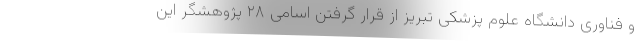
و فناوری دانشگاه علوم پزشکی تبریز از قرار گرفتن اسامی ۲۸ پژوهشگر این